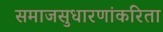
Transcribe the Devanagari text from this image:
समाजसुधारणांकरिता